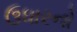
ઉધારનો